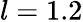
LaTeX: l=1.2